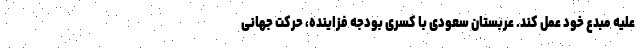
علیه مبدع خود عمل کند. عربستان سعودی با کسری بودجه فزاینده، حرکت جهانی